Assam Mental Hospital (Tezpur, India) - 1933-1948
Year: 1933
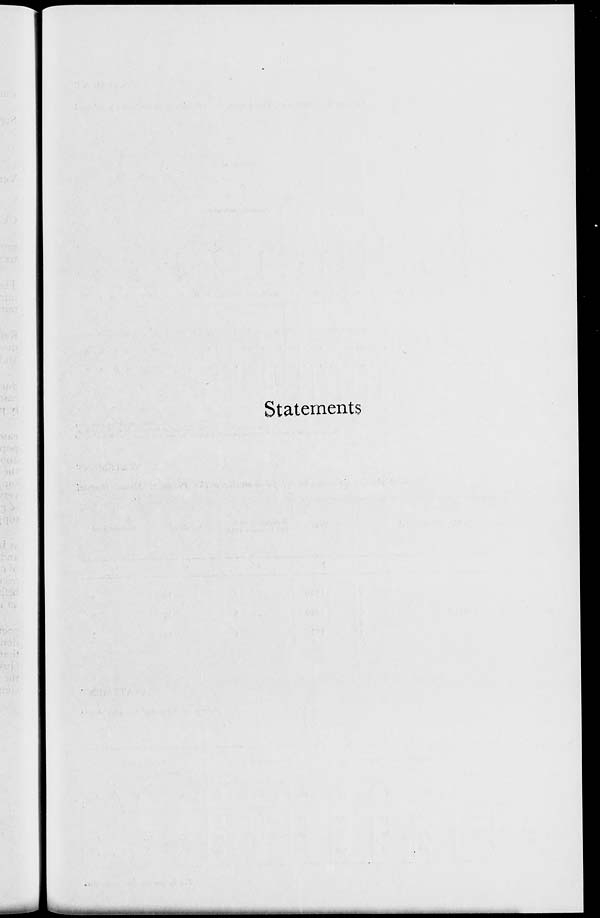
Statements